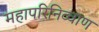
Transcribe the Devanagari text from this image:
महापरिनिव्वाण